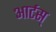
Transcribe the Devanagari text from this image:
आर्टस्‌